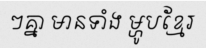
ៗគ្នា មានទាំង ម្ហូបខ្មែរ